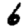
Digit: 6